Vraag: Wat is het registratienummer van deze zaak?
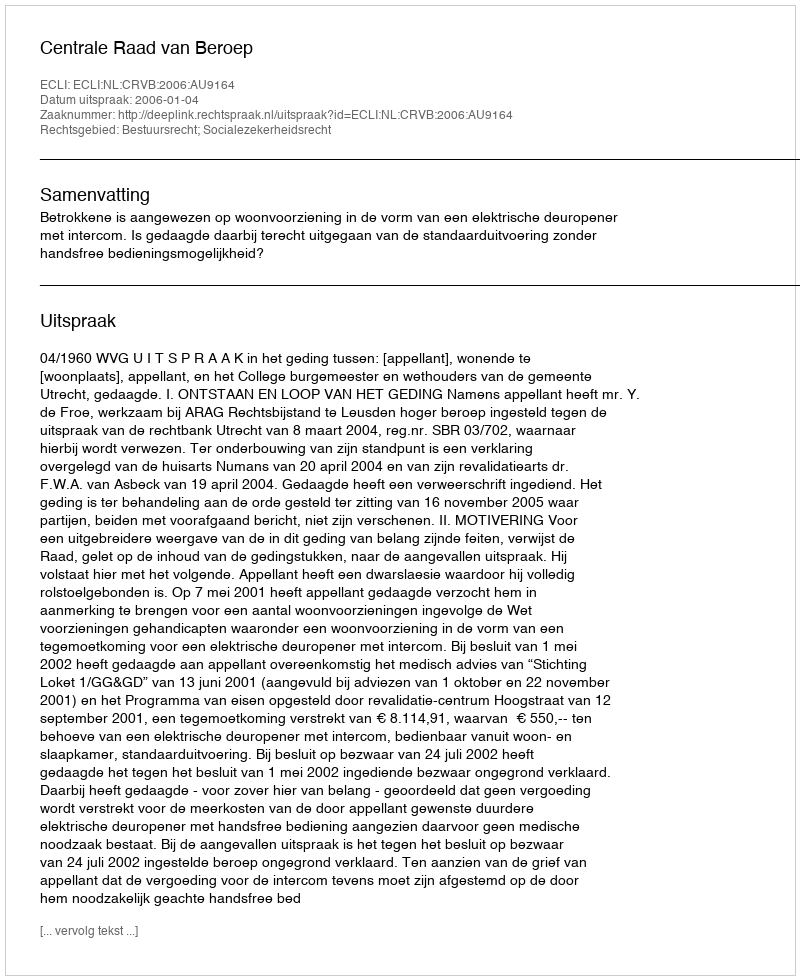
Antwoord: http://deeplink.rechtspraak.nl/uitspraak?id=ECLI:NL:CRVB:2006:AU9164